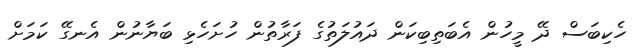
ހެކިބަސް ދޭ މީހުން އެބަތިބިކަން ދައުލަތުގެ ފަރާތުން ހުށަހެޅި ބަޔާނުން އެނގޭ ކަމަށް